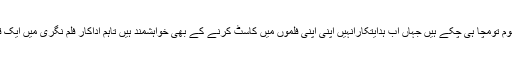
بھارتی میڈیا رپورٹس کے مطابق بالی ووڈ میں پاکستانی اداکارفواد خان اپنی اداکاری سے دھوم تومچا ہی چکے ہیں جہاں اب ہدایتکارانہیں اپنی اپنی فلموں میں کاسٹ کرنے کے بھی خواہشمند ہیں تاہم اداکار فلم نگری میں ایک قدم اورآگے بڑھاتے ہوئے اب دبنگ سلمان خان کے ساتھ بڑی اسکرین پرنظر آنے والے ہیں۔